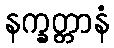
နက္ခတ္တာနံ